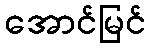
အောင်မြင်